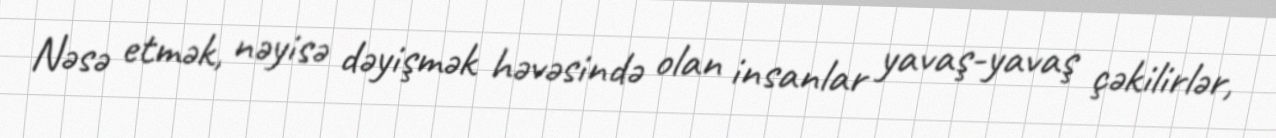
Nəsə etmək, nəyisə dəyişmək həvəsində olan insanlar yavaş-yavaş çəkilirlər,